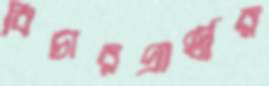
বিচারপ্রার্থীর